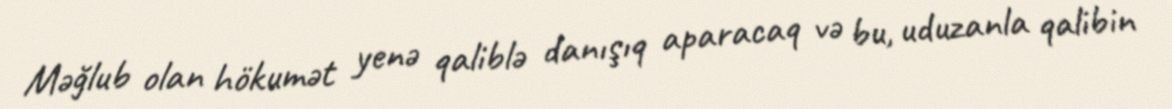
Məğlub olan hökumət yenə qaliblə danışıq aparacaq və bu, uduzanla qalibin